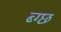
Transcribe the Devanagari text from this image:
ब्ग्छ